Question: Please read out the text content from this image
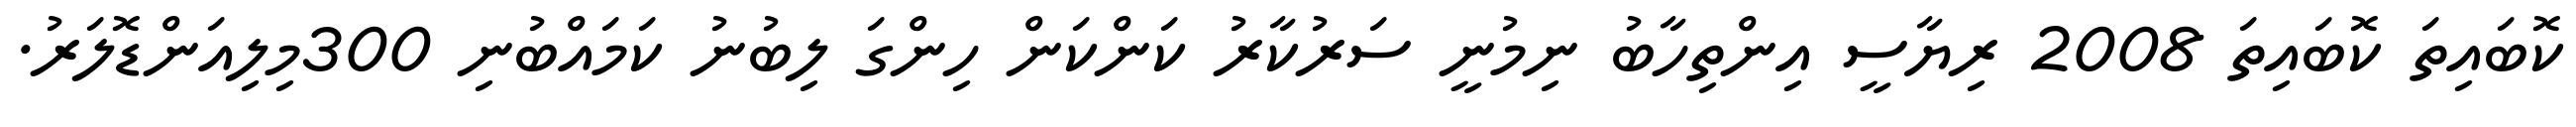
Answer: ކޮބައިތަ ކޮބައިތަ 2008 ރިޔާސީ އިންތިހާބު ނިމުނީ ސަރުކާރު ކަންކަން ހިންގަ ލިބުނު ކަމައްބުނި 300މިލިއަންޑޮލަރު.